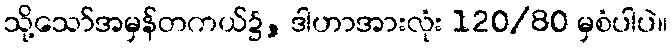
သို့သော်အမှန်တကယ်၌, ဒါဟာအားလုံး 120/80 မှစံပါပဲ။